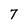
Character: 7